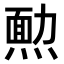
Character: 𤎂